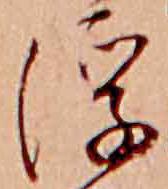
浮